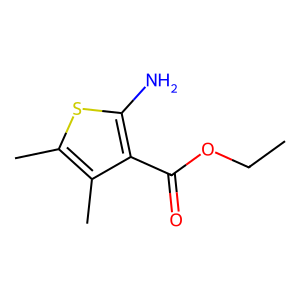
SMILES: CCOC(=O)c1c(N)sc(C)c1C
Inhibits HIV replication: No